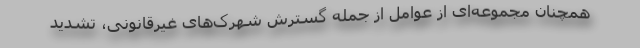
همچنان مجموعه‌ای از عوامل از جمله گسترش شهرک‌های غیرقانونی، تشدید